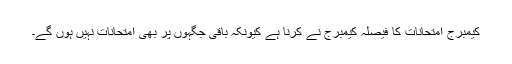
کیمبرج امتحانات کا فیصلہ کیمبرج نے کرنا ہے کیونکہ باقی جگہوں پر بھی امتحانات نہیں ہوں گے۔